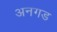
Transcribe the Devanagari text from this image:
अनगड